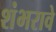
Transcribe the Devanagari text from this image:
शंभरावे